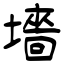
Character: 墻